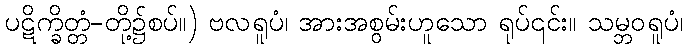
ပဋိက္ခိတ္တံ-တို့၌စပ်။) ဗလရူပံ၊ အားအစွမ်းဟူသော ရုပ်၎င်း။ သမ္ဘဝရူပံ၊